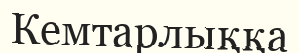
Кемтарлыққа